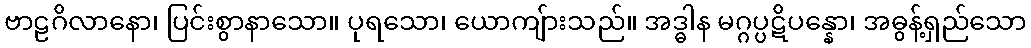
ဗာဠဂိလာနော၊ ပြင်းစွာနာသော။ ပုရသော၊ ယောကျ်ားသည်။ အဒ္ဓါန မဂ္ဂပ္ပဋိပန္နော၊ အဓွန့်ရှည်သော